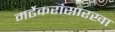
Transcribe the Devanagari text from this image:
मर्ढेकरांसारखा